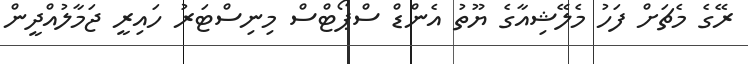
ރޭގެ މެޗަށް ފަހު މެލޭޝިއާގެ ޔޫތު އެންޑް ސްޕޯޓްސް މިނިސްޓަރު ހައިރީ ޖަމާލުއްދީން